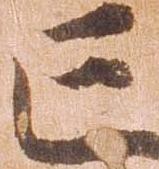
亡